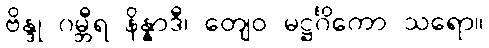
ဗိန္ဒု ဂမ္ဘီရ နိန္နာဒီ၊ တျေဝ မဋ္ဌင်္ဂိကော သရော။